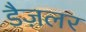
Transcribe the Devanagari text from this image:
डैज़लर